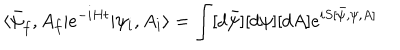
\langle \bar { \psi } _ { f } , A _ { f } | e ^ { - i H t } | \psi _ { i } , A _ { i } \rangle = \int [ d \bar { \psi } ] [ d \psi ] [ d A ] e ^ { i S [ \bar { \psi } , \psi , A ] }